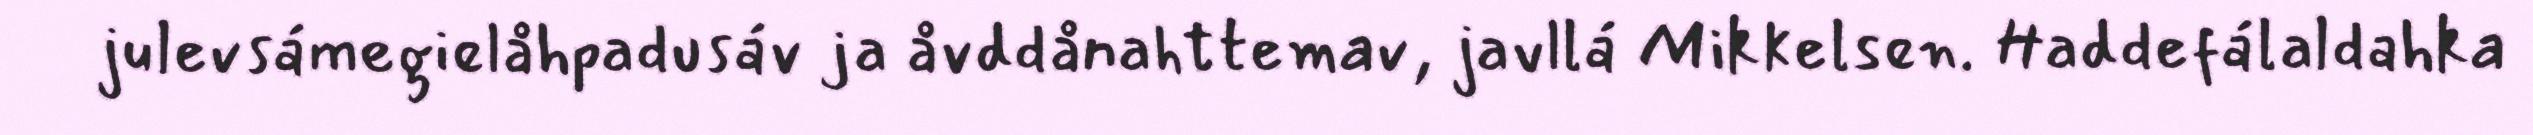
julevsámegielåhpadusáv ja åvddånahttemav, javllá Mikkelsen. Haddefálaldahka